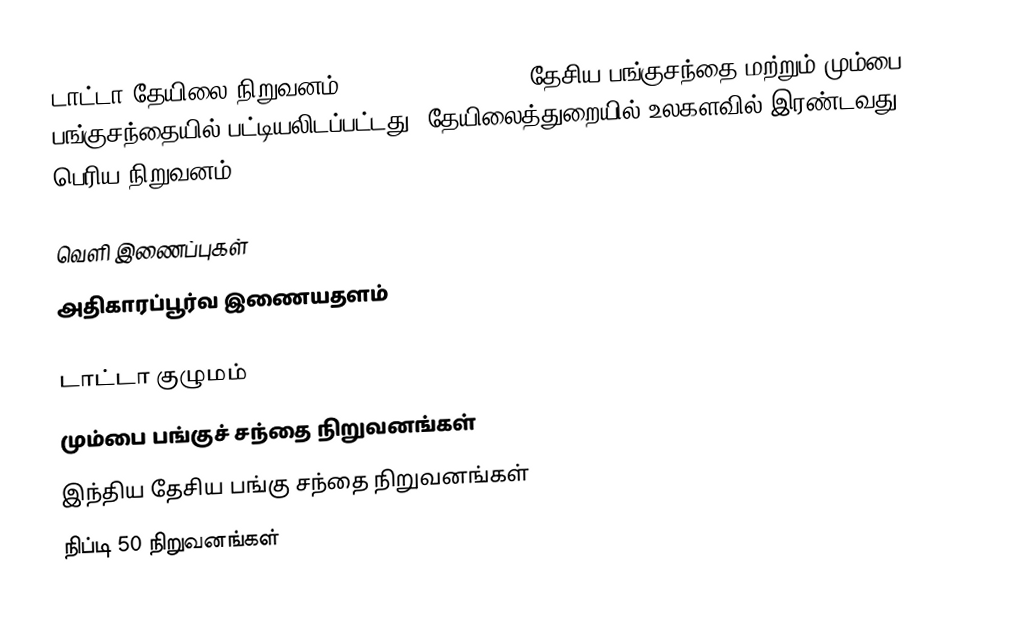
டாட்டா தேயிலை நிறுவனம் (Tata Tea Limted, ) தேசிய பங்குசந்தை மற்றும் மும்பை பங்குசந்தையில் பட்டியலிடப்பட்டது. தேயிலைத்துறையில் உலகளவில் இரண்டவது பெரிய நிறுவனம்.

வெளி இணைப்புகள்
 அதிகாரப்பூர்வ இணையதளம்

டாட்டா குழுமம்
மும்பை பங்குச் சந்தை நிறுவனங்கள்
இந்திய தேசிய பங்கு சந்தை நிறுவனங்கள்
நிப்டி 50 நிறுவனங்கள்